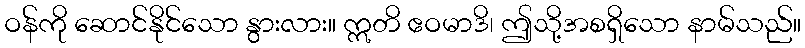
ဝန်ကို ဆောင်နိုင်သော နွားလား။ ဣတိ ဧဝမာဒိ၊ ဤသို့အစရှိသော နာမ်သည်။